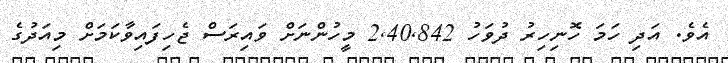
އެވެ. އަދި ހަމަ ހޮނިހިރު ދުވަހު 2